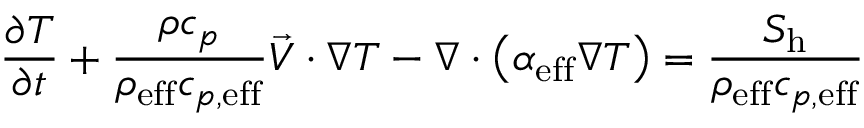
\frac { \partial T } { \partial t } + \frac { \rho c _ { p } } { \rho _ { \mathrm { { e f f } } } c _ { p , \mathrm { { e f f } } } } \vec { V } \cdot \nabla T - \nabla \cdot \left( \alpha _ { \mathrm { { e f f } } } \nabla T \right) = \frac { S _ { \mathrm { { h } } } } { \rho _ { \mathrm { { e f f } } } c _ { p , \mathrm { { e f f } } } }